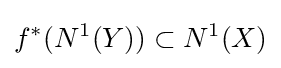
f^{*}(N^{1}(Y))\subset N^{1}(X)